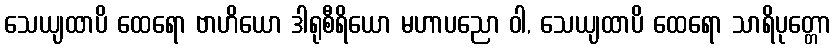
သေယျထာပိ ထေရော ဗာဟိယော ဒါရုစီရိယော မဟာပညော ဝါ, သေယျထာပိ ထေရော သာရိပုတ္တော